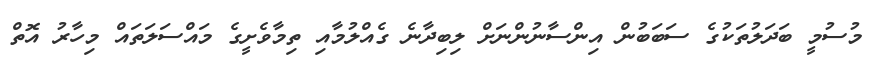
މުސުމީ ބަދަލުތަކުގެ ސަބަބުން އިންސާނުންނަށް ލިބިދާނެ ގެއްލުމާއި ތިމާވެށީގެ މައްސަލަތައް މިހާރު އޮތް